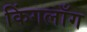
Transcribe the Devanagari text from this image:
किंगलाँग